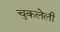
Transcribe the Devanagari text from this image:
चुकलेली